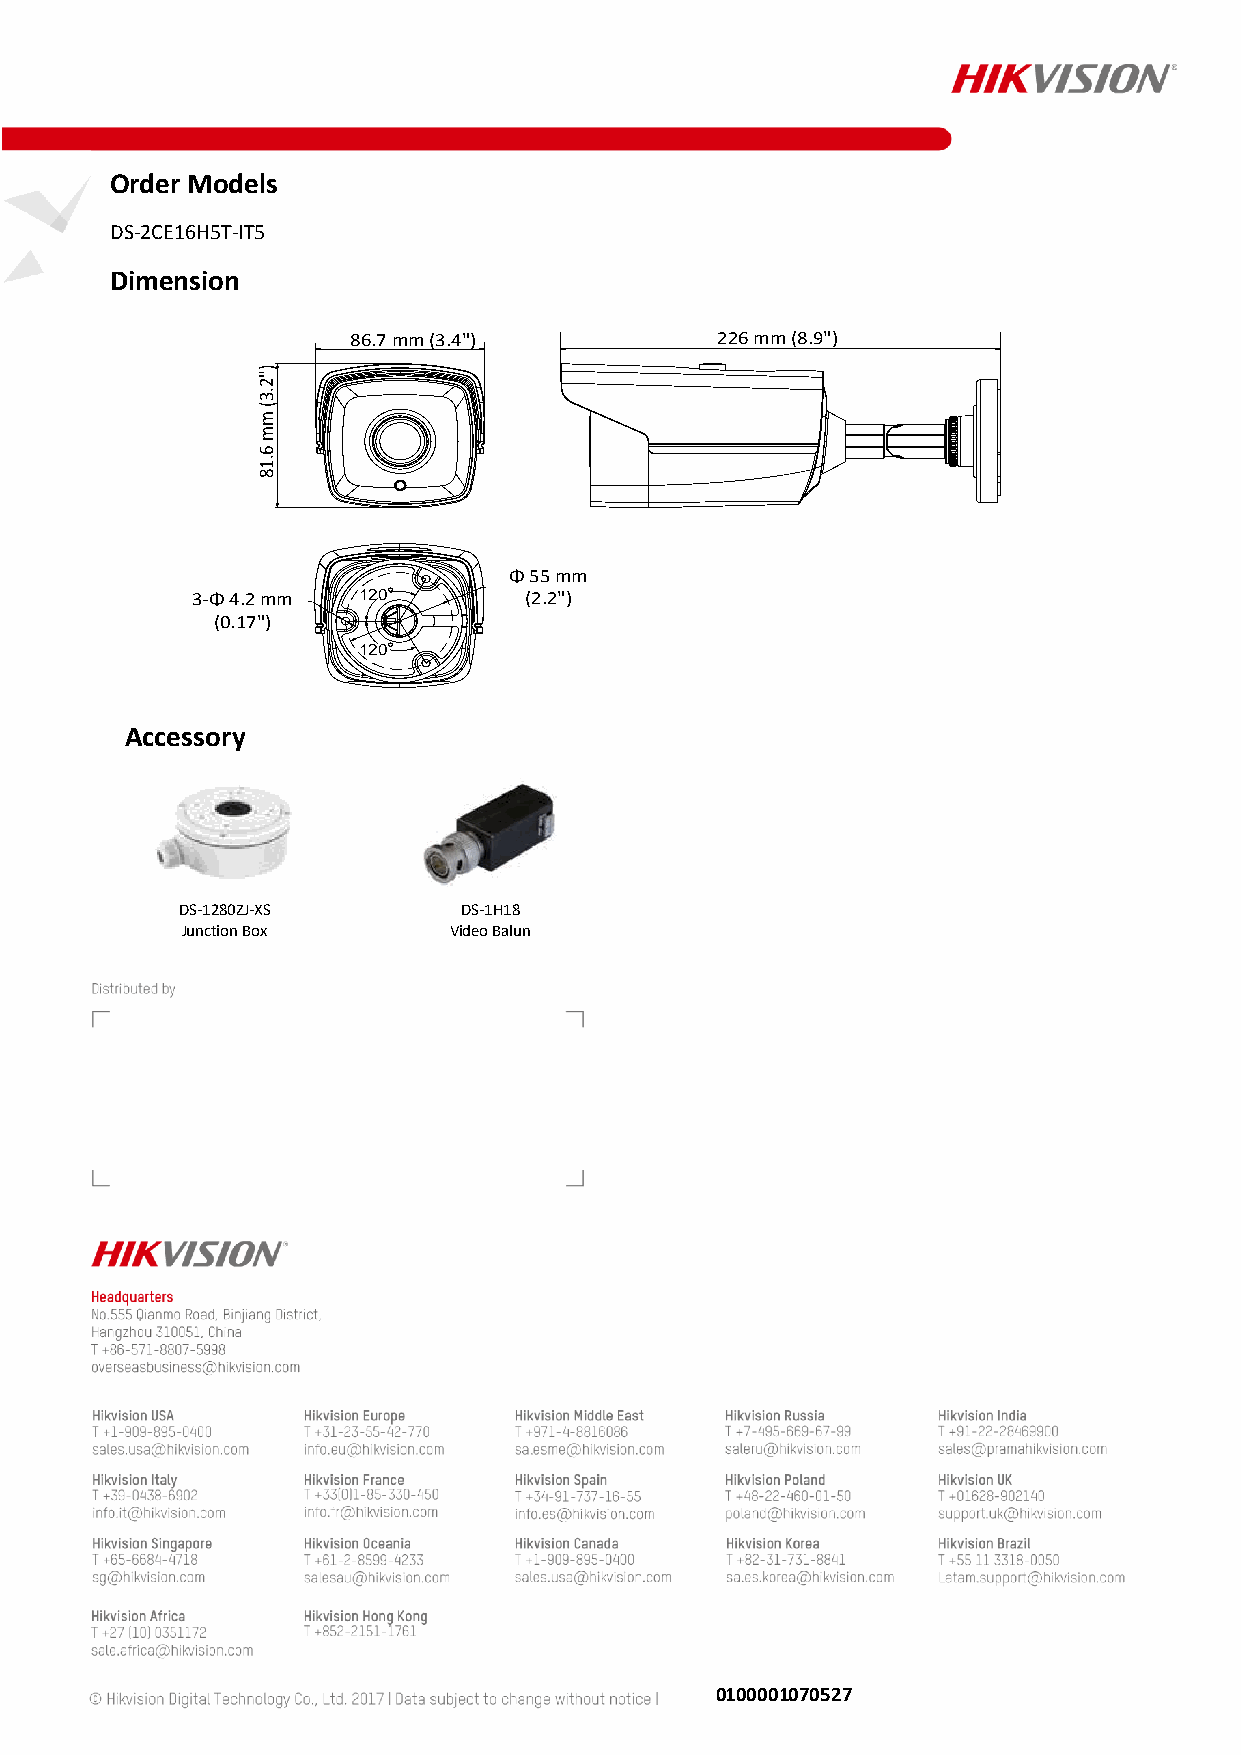
Order Models
 DS-2CE16H5T-IT5
 Dimension
 Accessory
 DS-1280ZJ-XS       DS-1H18
 Junction Box      Video Balun
 0100001070527
 010000170307
 3 - Φ( 4 .20
 .1 7
 )"2.3(
 mm
 6.18
 m"
 )
 m
 8 6
 1
 1
 .7
 2 0
 2 0
 m
 °
 °
 m ( 3 .4 " )
 Φ 5(
 2
 5 m.2
 "
 m)
 2 2 6 m m ( 8 .9 " )